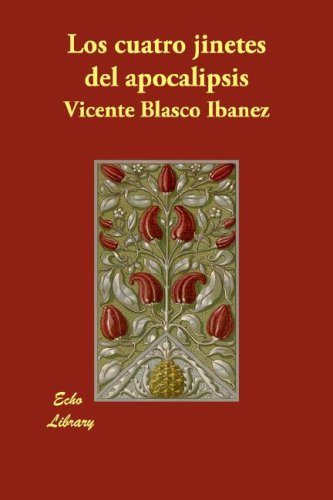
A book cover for Los Cuatro Jinetes del Apocalipsis (Spanish Edition); Vicente Blasco Ibanez; Literature & Fiction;